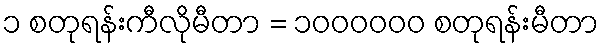
၁ စတုရန်းကီလိုမီတာ = ၁၀၀၀၀၀၀ စတုရန်းမီတာ